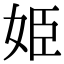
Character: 姫